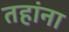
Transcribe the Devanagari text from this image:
तहांना